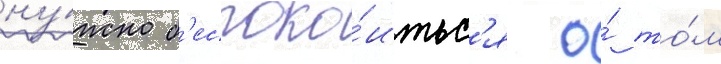
ну́жно б'еспоко́итьс'я о́ то́м